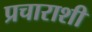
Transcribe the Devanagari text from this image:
प्रचाराशी